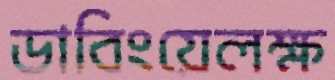
ডাবিংয়েলক্ষ